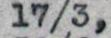
17/3,